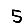
Digit: 5